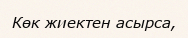
Көк жиектен асырса,